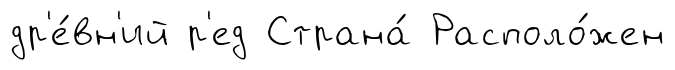
др'е́вн'ий р'ед Страна́ Располо́жен